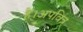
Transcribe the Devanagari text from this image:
हैं।अपवित्र